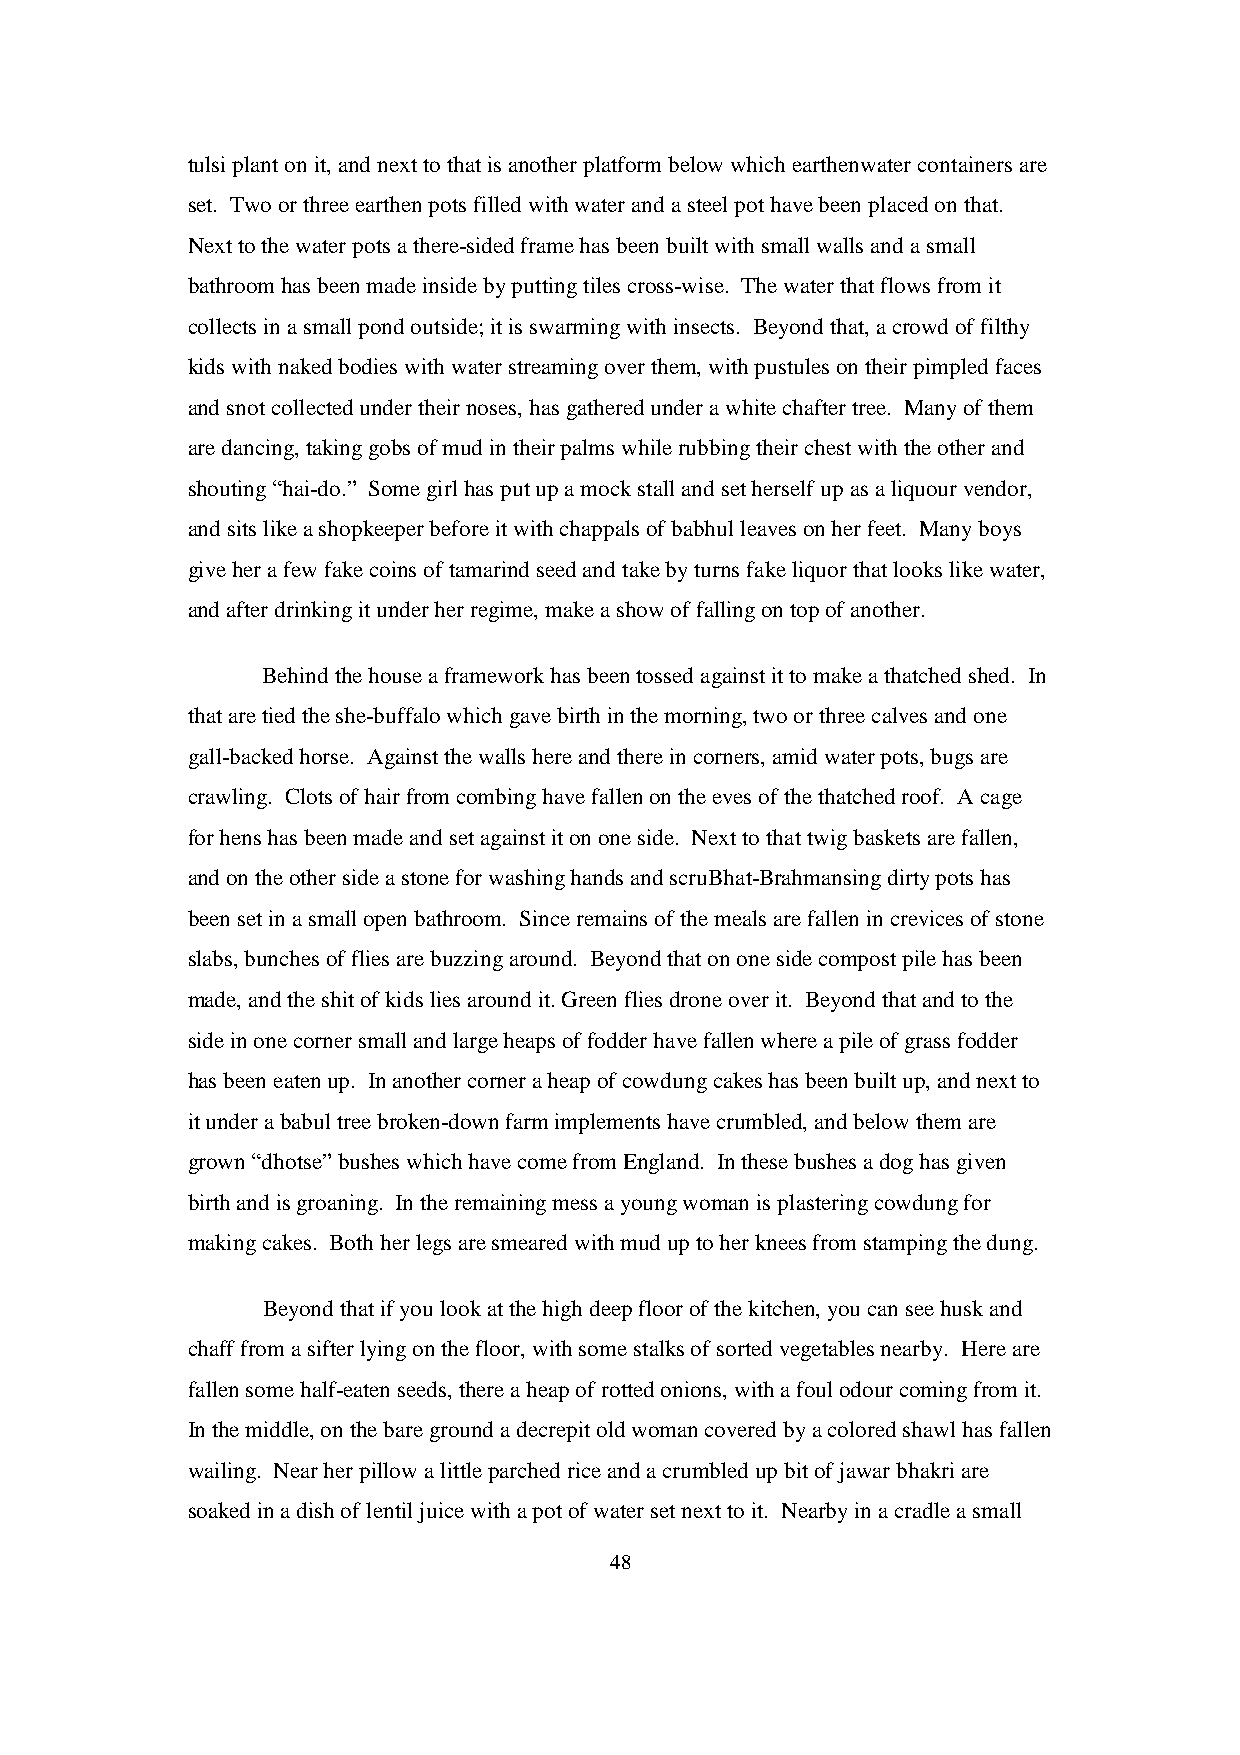
tulsi plant on it, and next to that is another platform below which earthenwater containers are
 set. Two or three earthen pots filled with water and a steel pot have been placed on that.
 Next to the water pots a there-sided frame has been built with small walls and a small
 bathroom has been made inside by putting tiles cross-wise. The water that flows from it
 collects in a small pond outside; it is swarming with insects. Beyond that, a crowd of filthy
 kids with naked bodies with water streaming over them, with pustules on their pimpled faces
 and snot collected under their noses, has gathered under a white chafter tree. Many of them
 are dancing, taking gobs of mud in their palms while rubbing their chest with the other and
 shouting “hai-do.” Some girl has put up a mock stall and set herself up as a liquour vendor,
 and sits like a shopkeeper before it with chappals of babhul leaves on her feet. Many boys
 give her a few fake coins of tamarind seed and take by turns fake liquor that looks like water,
 and after drinking it under her regime, make a show of falling on top of another.
 Behind the house a framework has been tossed against it to make a thatched shed. In
 that are tied the she-buffalo which gave birth in the morning, two or three calves and one
 gall-backed horse. Against the walls here and there in corners, amid water pots, bugs are
 crawling. Clots of hair from combing have fallen on the eves of the thatched roof. A cage
 for hens has been made and set against it on one side. Next to that twig baskets are fallen,
 and on the other side a stone for washing hands and scruBhat-Brahmansing dirty pots has
 been set in a small open bathroom. Since remains of the meals are fallen in crevices of stone
 slabs, bunches of flies are buzzing around. Beyond that on one side compost pile has been
 made, and the shit of kids lies around it. Green flies drone over it. Beyond that and to the
 side in one corner small and large heaps of fodder have fallen where a pile of grass fodder
 has been eaten up. In another corner a heap of cowdung cakes has been built up, and next to
 it under a babul tree broken-down farm implements have crumbled, and below them are
 grown “dhotse” bushes which have come from England. In these bushes a dog has given
 birth and is groaning. In the remaining mess a young woman is plastering cowdung for
 making cakes. Both her legs are smeared with mud up to her knees from stamping the dung.
 Beyond that if you look at the high deep floor of the kitchen, you can see husk and
 chaff from a sifter lying on the floor, with some stalks of sorted vegetables nearby. Here are
 fallen some half-eaten seeds, there a heap of rotted onions, with a foul odour coming from it.
 In the middle, on the bare ground a decrepit old woman covered by a colored shawl has fallen
 wailing. Near her pillow a little parched rice and a crumbled up bit of jawar bhakri are
 soaked in a dish of lentil juice with a pot of water set next to it. Nearby in a cradle a small
 48